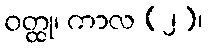
ဝတ္ထု၊ ကာလ (၂)၊